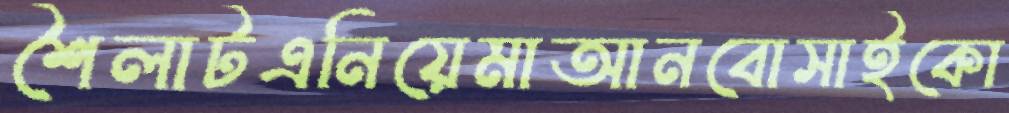
শৈলাটএনিয়েমাআনবোসাইকো